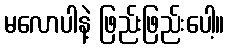
မလောပါနဲ့ ဖြည်းဖြည်းပေါ့။